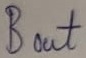
Text: Bout